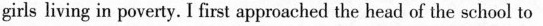
girls living in poverty. I first approached the head of the sehool to